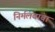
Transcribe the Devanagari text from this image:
निर्मलबाबा